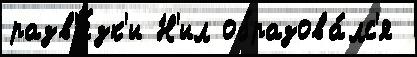
разв'я́зк'и Н'ил образова́лс'я